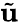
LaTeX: \tilde{\textbf{u}}